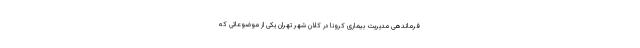
فرماندهی مدیریت بیماری کرونا در کلان شهر تهران یکی از موضوعاتی که